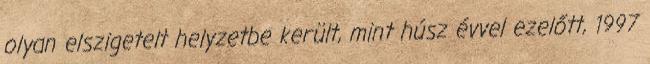
olyan elszigetelt helyzetbe került, mint húsz évvel ezelőtt, 1997